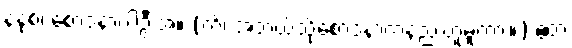
နနုစ၊ စောဒနာပါဦးအံ့။ (ကိံ၊ အဘယ်သို့စောဒနာကံနည်းဟူမူကား။) ဧတံ